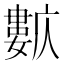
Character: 𡢺